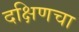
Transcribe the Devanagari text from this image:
दक्षिणचा